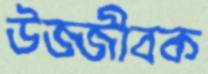
উজ্জীবক